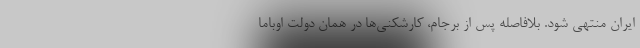
ایران منتهی شود. بلافاصله پس از برجام، کارشکنی‌ها در همان دولت اوباما